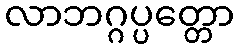
လာဘဂ္ဂပ္ပတ္တော